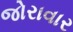
જોરાવાર